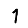
Digit: 1